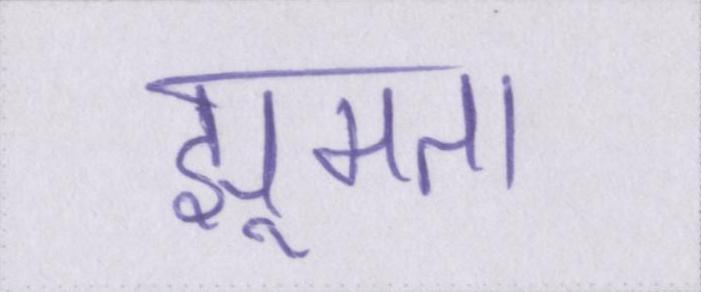
झूमता